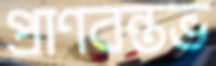
প্রাণবন্তভ